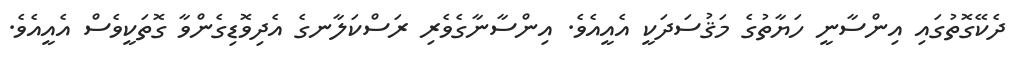
ދެކޭގޮތުގައި އިންސާނީ ހަޔާތުގެ މަޤުސަދަކީ އެއީއެވެ. އިންސާނާގެވެރި ރަސްކަލާނގެ އެދިވޮޑިގެންވާ ގޮތަކީވެސް އެއީއެވެ.